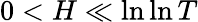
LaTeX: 0<H\ll\ln\ln T